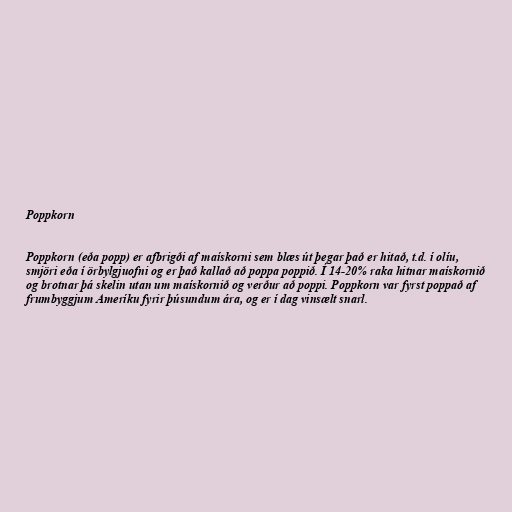
Poppkorn

Poppkorn (eða popp) er afbrigði af maískorni sem blæs út þegar það er hitað, t.d. í olíu,
smjöri eða í örbylgjuofni og er það kallað að poppa poppið. Í 14-20% raka hitnar maískornið
og brotnar þá skelin utan um maískornið og verður að poppi. Poppkorn var fyrst poppað af
frumbyggjum Ameríku fyrir þúsundum ára, og er í dag vinsælt snarl.